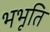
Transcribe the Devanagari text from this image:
भभूति